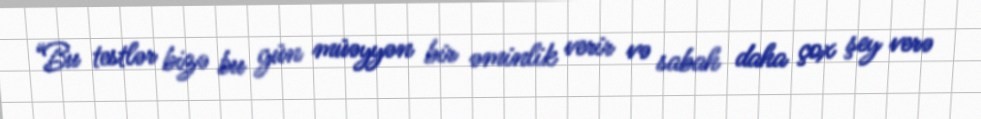
“Bu testlər bizə bu gün müəyyən bir əminlik verir və sabah daha çox şey verə